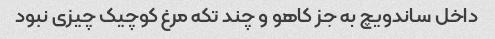
داخل ساندویچ به جز کاهو و‌ چند تکه مرغ کوچیک چیزی نبود